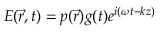
E ( \vec { r } , t ) = p ( \vec { r } ) g ( t ) e ^ { i ( \omega { t } - k z ) }